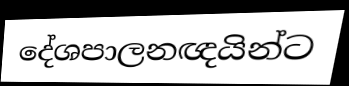
දේශපාලනඥයින්ට